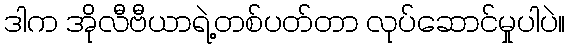
ဒါက အိုလီဗီယာရဲ့တစ်ပတ်တာ လုပ်ဆောင်မှုပါပဲ။